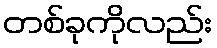
တစ်ခုကိုလည်း